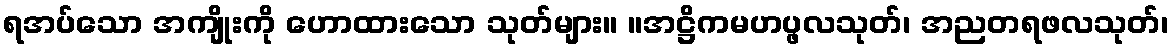
ရအပ်သော အကျိုးကို ဟောထားသော သုတ်များ။ ။အဋ္ဌိကမဟပ္ဖလသုတ်၊ အညတရဖလသုတ်၊